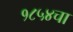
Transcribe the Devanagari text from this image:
१८५४चा